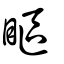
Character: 瞘